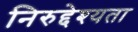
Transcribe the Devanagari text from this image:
निरुद्देश्यता